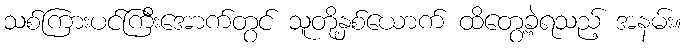
သစ်ကြားပင်ကြီးအောက်တွင် သူတို့နှစ်ယောက် ထိတွေ့ခဲ့ရသည့် အနမ်း။